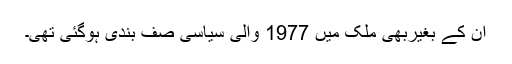
ان کے بغیربھی ملک میں 1977 والی سیاسی صف بندی ہوگئی تھی۔